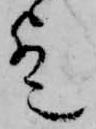
歟